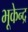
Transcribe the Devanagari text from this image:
भूकेन्द्र